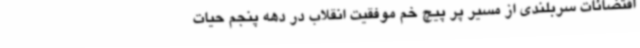
اقتضائات سربلندی از مسیر پر پیچ خم موفقیت انقلاب در دهه پنجم حیات